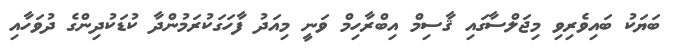
ބަޔަކު ބައިވެރިވި މިޖަލްސާގައި ޤާސިމް އިބްރާހިމް ވަނީ މިއަދު ފާހަގަކުރަމުންދާ ކުޑަކުދިންގެ ދުވަހާއި